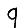
Digit: 9